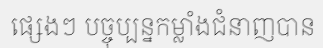
ផ្សេងៗ បច្ចុប្បន្នកម្លាំងជំនាញបាន